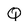
Character: Q